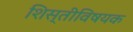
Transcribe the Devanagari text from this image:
शिस्तीविषयक